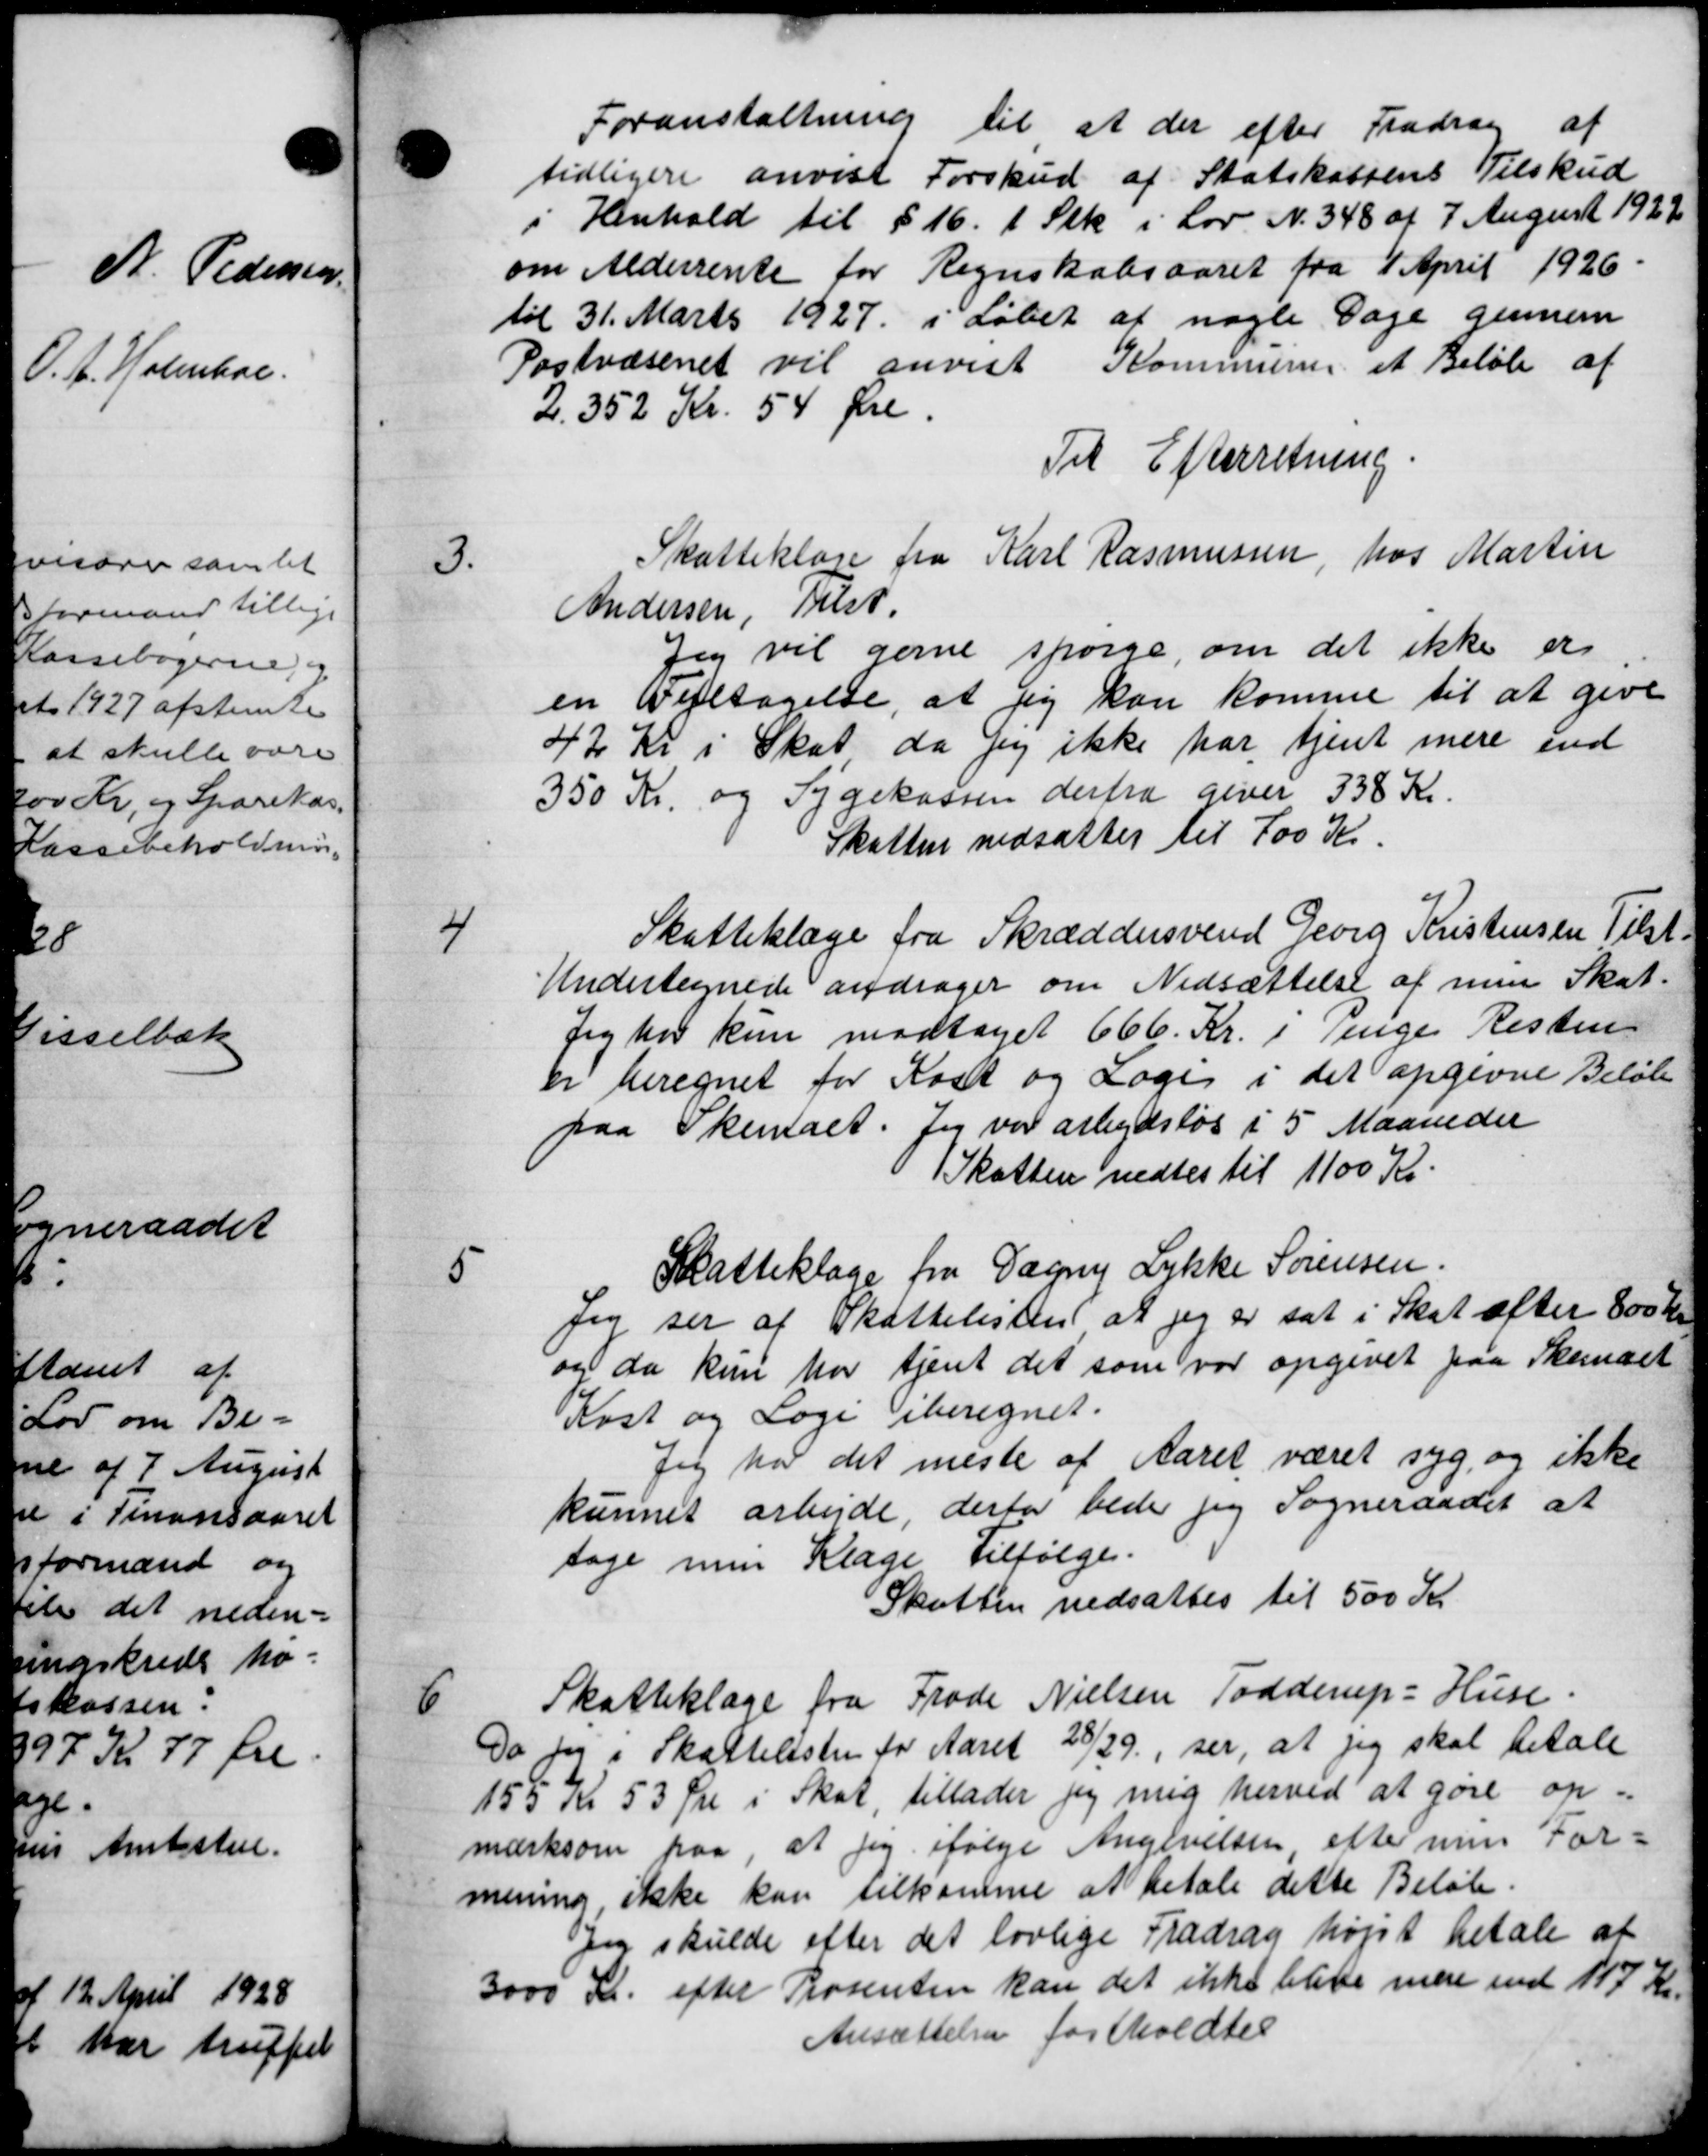
Transskription:
Foranstaltning til at der efter Fradrag af
tidligere anvist Forskud af Statskassens Tilskud
Henhold til § 16. 1 Stk i Lov N. 348 af 7 August 1922
om Alderrente for Regnskabsaaret fra 1 April 1926.
til 31. Marts 1927 i Løbet af nogle Dage gennem
Postvæsenet vil anvist Kommunen et Beløb af
2.352 Kr. 54 Øre.
Til Efterretning.

Skatteklage fra Karl Rasmussen, hos Martin
Andersen, Tilst.
Jeg vil gerne spørge, om det ikke er
en Vejltagelse, at jeg kan komme til at give
42 Kr i Skat da jeg ikke har tjent mere end
350 Kr. og Sygekassen derfra giver 338 Kr.
Skatten nedsattes til 700 Kr.

Skatteklage fra Skræddersvend Georg Kristensen Tilst-
Undertegnede andrager om Nedsættelse af men Skat.
Jeg har kun modtaget 666 Kr. i Penge Resten
er beregnet for Kost og Loge i det opgivne Beløb
paa Skemaet. Jeg var arbejdsløs i 5 Maaneder
Skatten nedtes til 1100 Kr

Skatteklage fra Dagny Lykke Sørensen.
Jeg ser af Skattelisten at jeg er sat i Skat efter 800 Kr.
og da kun har tjent det som var opgivet paa Skemaet
Kost og Logi iberegnet.
Jeg har det meste af Aaret været syg, og ikke
kunnet arbejde, derfor beder jeg Sogneraadet at
tage min Klage Tilfølge.
Skatten nedsattes til 500 Kr

Skatteklage fra Frode Nielsen Todderup: Huse
Do for i Skattelisten for Aaret 28/29, ser, at jeg skal betale
155 Kr 53 Øre i Skat, tillader jeg mig herved at gøre op
mærksom paa, at jeg ifølge Angivelsen efter min For-
mening ikke kan tilkomme at betale dette Beløb.
Jeg skulde efter det lovlige Fradrag højet betale at
3000 Kr. efter Prosenten kan det ikke blive mere end 117 Kr.
Ansættelsen fastholdtes